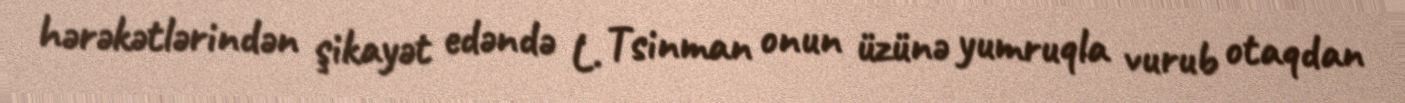
hərəkətlərindən şikayət edəndə L. Tsinman onun üzünə yumruqla vurub otaqdan